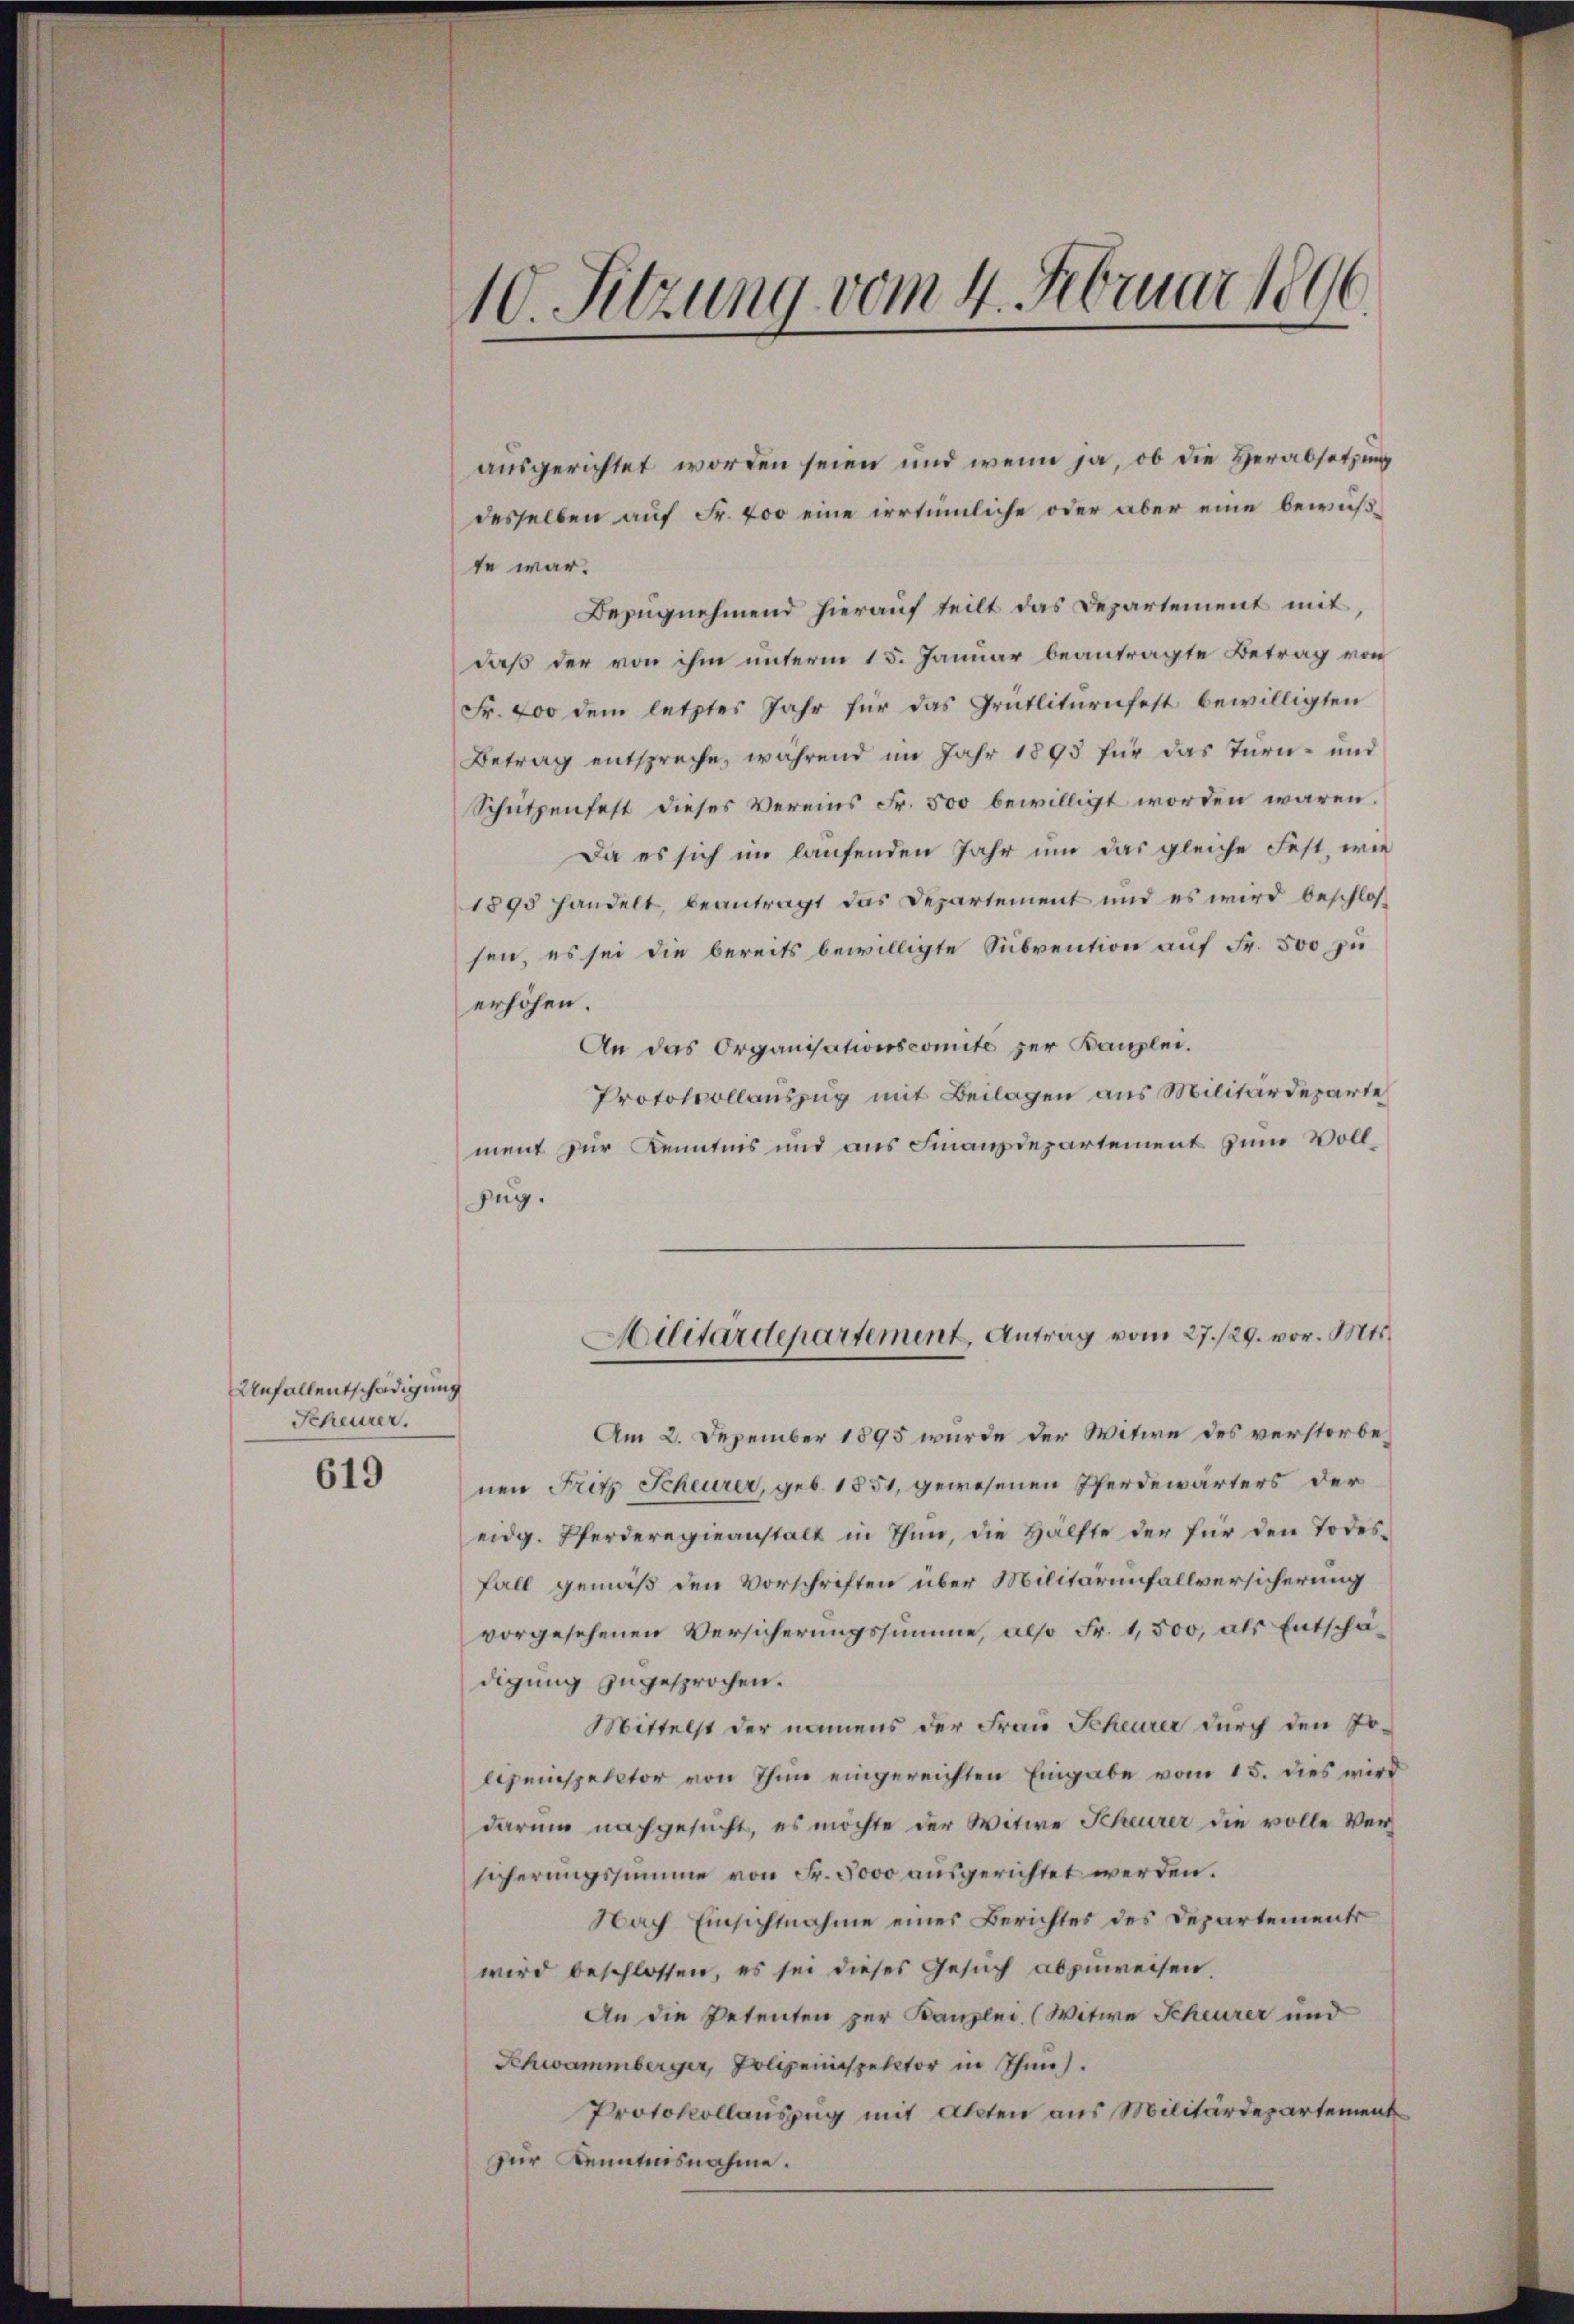
Unfallentschädigung
Scheurer.
619

ausgerichtet worden seien und wenn ja, ob die Herabsetzung
desselben auf Fr. 400 eine irrtümliche oder aber eine bewußte war.
Bezŭgnehmend hierauf teilt das Departement mit,
daß der von ihm unterm 15. Januar beantragte Betrag von
Fr. 400 dem letztes Jahr für das Grütliturnfest bewilligten
Betrag entspreche, während im Jahr 1893 für das Turn- und
Schützenfest dieses Vereins Fr. 500 bewilligt worden wären.
Da es sich im laufenden Jahr um das gleiche Fest, wie
1898 handelt, beantragt das Departement und es wird beschlossen, es sei die bereits bewilligte Subvention auf Fr. 500 zu
erhöhen.
An das Organisationscomite zur Kanzlei.
Protokollauszug mit Beilagen aus Militärdeparte
ment zur Kenntnis und aus Finanzdepartement zum Voll¬
Zug.

10. Sitzung vom 4. Februar 1896.

Am 2. Dezember 1895 wurde der Witwe des verstorbenen Fritz Scheurer, geb. 1851, gewesenen Pferdewärters der
eidg. Pferderegieanstalt in Thun, die Hälfte der für den Todes-
Fall gemäß den Vorschriften über Militärinfallversicherung
vorgesehenen Versicherungssumme, also Fr. 1,500, als Entschädigung zugesprochen.
Mittelst der namens der Frau Scheurer durch den Jolipeiispector von Ihm eingereichten Eingabe vom 15. dies wird
darum nachgesucht, es möchte der Witwe Scheurer die volle Versicherungssumme von Fr. 5000 ausgerichtet werden.
Nach Einsichtnahme einer Berichtes des Departements
wird beschlossen, es sei dieses Gesuch abzuweisen.
An die Petenten zur Kanzlei. (Witwe Scheurer und
Schwammberger, Polizeinspector in Thun.
Protokollauszug mit Akten aus Militärdepartement
zur Kenntnisnahme.

Militärdepartement, Antrag vom 27./29. vor. Mts.